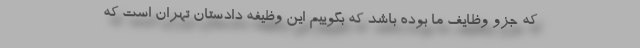
که جزو وظایف ما بوده باشد که بگوییم این وظیفه دادستان تهران است که